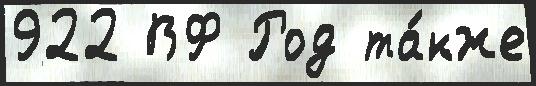
922 ВФ Род та́кже